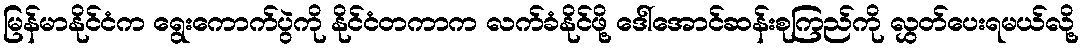
မြန်မာနိုင်ငံက ရွေးကောက်ပွဲကို နိုင်ငံတကာက လက်ခံနိုင်ဖို့ ဒေါ်အောင်ဆန်းစုကြည်ကို လွှတ်ပေးရမယ်လို့